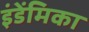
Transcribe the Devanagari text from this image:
इंडेंमिका